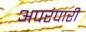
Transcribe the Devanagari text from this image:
अपरंपारी